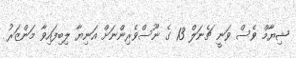
ޝިޔާމް ވެސް ވަނީ ޗެނަލް 13 ގެ ނޫސްވެރިންނަށް އަނިޔާ ލިބިފައިވާ މަންޒަރު